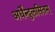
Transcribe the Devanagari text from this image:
अर्धेन्दुलसितम्